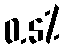
0.5%